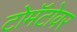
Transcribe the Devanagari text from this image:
टोमॅटोवर